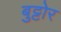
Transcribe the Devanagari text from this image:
बुट्टोर